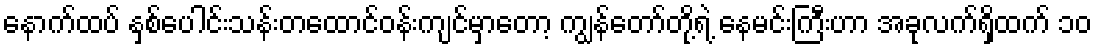
နောက်ထပ် နှစ်ပေါင်းသန်းတထောင်ဝန်းကျင်မှာတော့ ကျွန်တော်တို့ရဲ့ နေမင်းကြီးဟာ အခုလက်ရှိထက် ၁၀